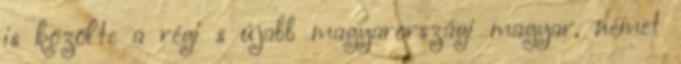
is közölte a régi s újabb magyarországi magyar, német